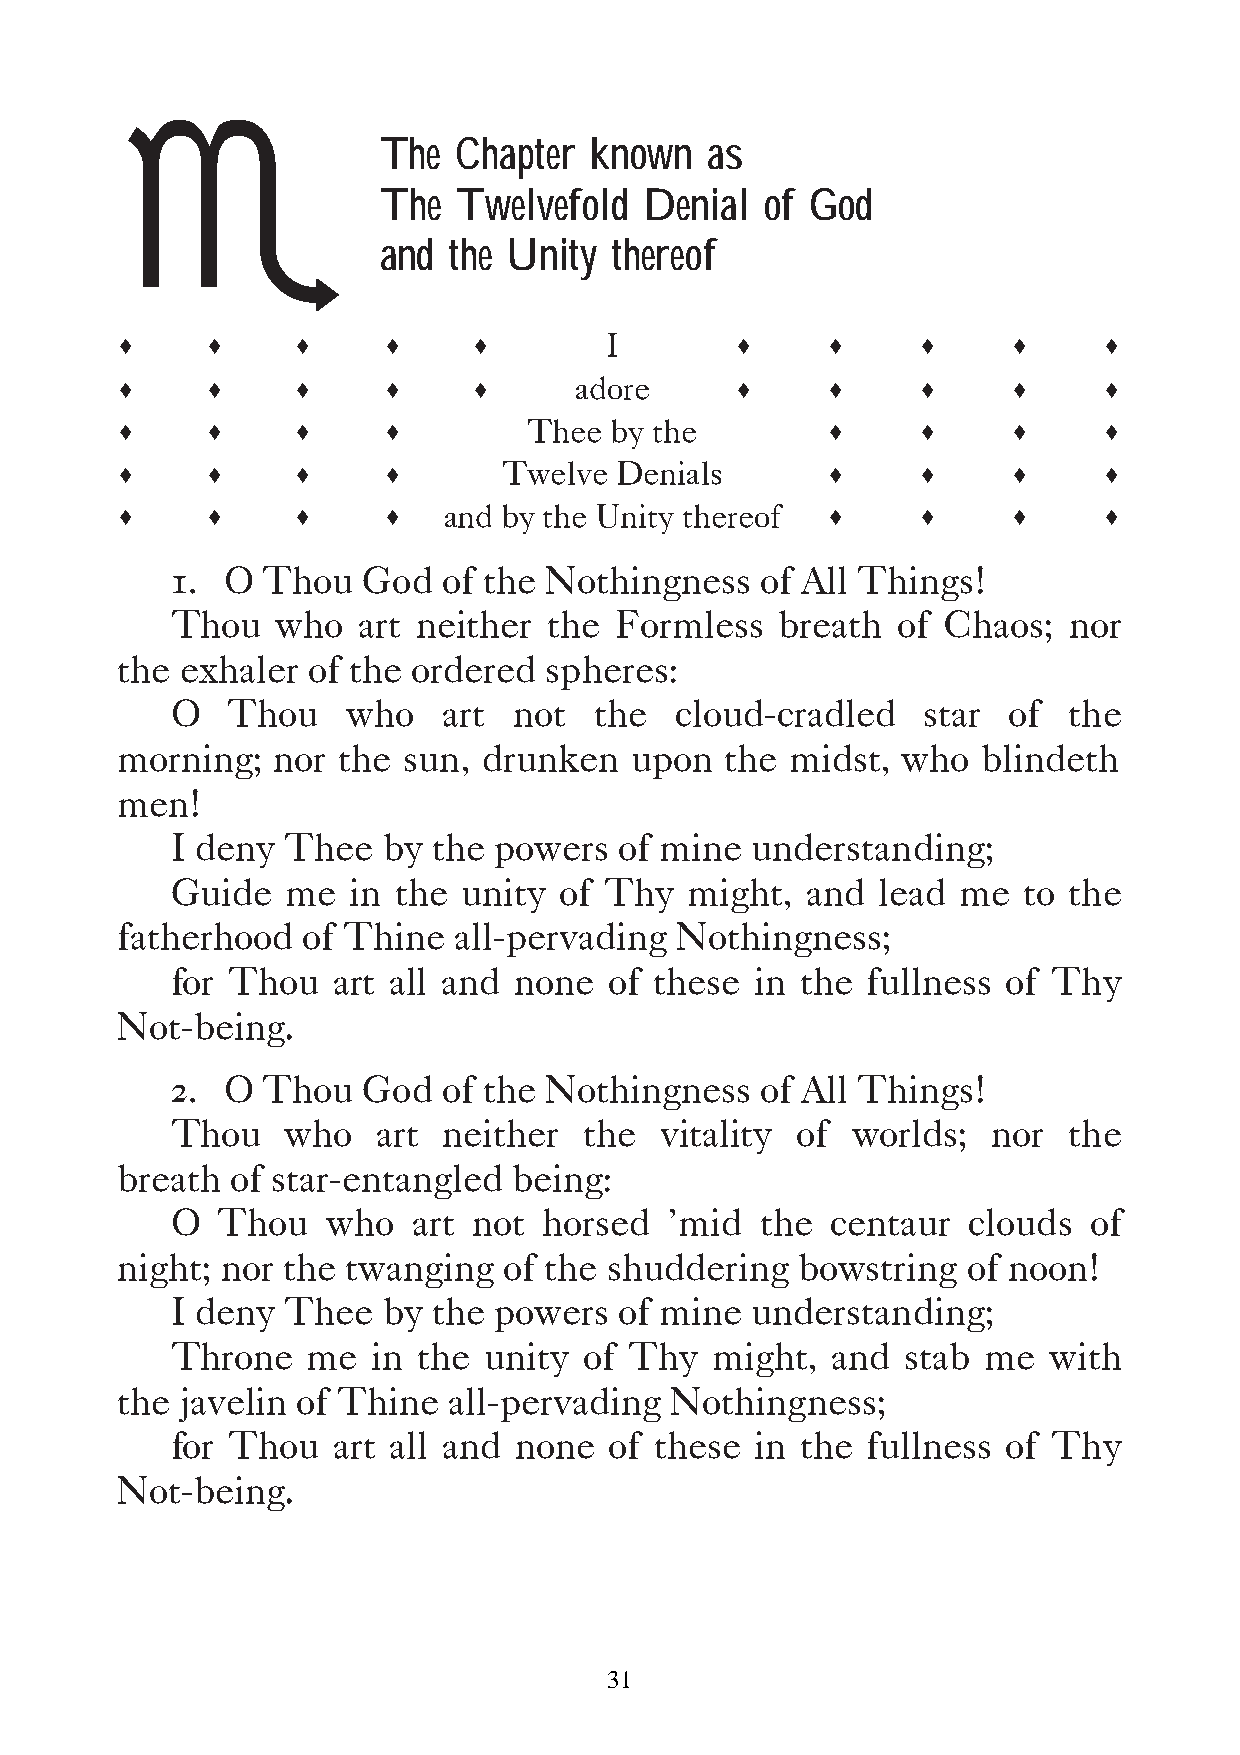
h
 The  Chapter  known   as
 The  Twelvefold   Denial  of God
 and  the Unity  thereof
 s     s    s     s     s                 s     s     s     s     s
 I
 s     s    s     s     s                 s     s     s     s     s
 adore
 s     s    s     s                             s     s     s     s
 Thee by the
 s     s    s     s                             s     s     s     s
 Twelve  Denials
 s     s    s     s                             s     s     s     s
 and by the Unity thereof
 1.  O Thou   God  of the Nothingness   of All Things!
 Thou   who   art neither the  Formless   breath of  Chaos;  nor
 the exhaler of the ordered  spheres:
 O   Thou    who   art  not  the   cloud-cradled   star  of  the
 morning;  nor the  sun, drunken   upon  the midst,  who  blindeth
 men!
 I deny  Thee  by  the powers  of mine  understanding;
 Guide   me  in the  unity of Thy   might, and  lead  me  to the
 fatherhood  of Thine  all-pervading  Nothingness;
 for Thou   art all and none  of these  in the fullness  of Thy
 Not-being.
 2.  O Thou   God  of the Nothingness   of All Things!
 Thou    who   art neither   the  vitality of worlds;   nor  the
 breath of star-entangled  being:
 O  Thou    who  art not  horsed  ’mid  the  centaur  clouds  of
 night; nor the twanging  of the shuddering   bowstring  of noon!
 I deny  Thee  by  the powers  of mine  understanding;
 Throne   me   in the unity  of Thy  might,  and  stab me  with
 the javelin of Thine  all-pervading Nothingness;
 for Thou   art all and none  of these  in the fullness  of Thy
 Not-being.
 31